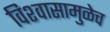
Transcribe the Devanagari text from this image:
विश्‍वासामुळेच